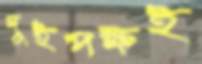
দুইপক্ষই